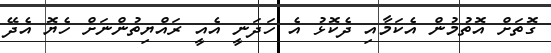
ގޮތަށް އޮތުމުން އެކަމާއި ދެކޮޅު އެ ހަދަނީ އެއީ ރައްޔިތުންނަށް ހެޔޮ އެދޭ